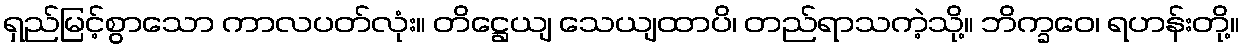
ရှည်မြင့်စွာသော ကာလပတ်လုံး။ တိဋ္ဌေယျ သေယျထာပိ၊ တည်ရာသကဲ့သို့။ ဘိက္ခဝေ၊ ရဟန်းတို့။